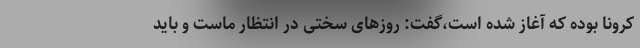
کرونا بوده که آغاز شده است،گفت: روزهای سختی در انتظار ماست و باید